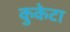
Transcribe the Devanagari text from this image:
कुकेटा